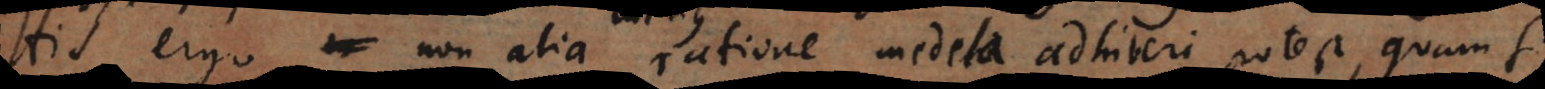
His ergo non alia ratione medela adhiberi potest, quam s